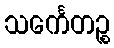
သင်္ကေတဉ္စ